Vaccination Hyderabad 1890-1903 - 1890-1903
Year: 1890
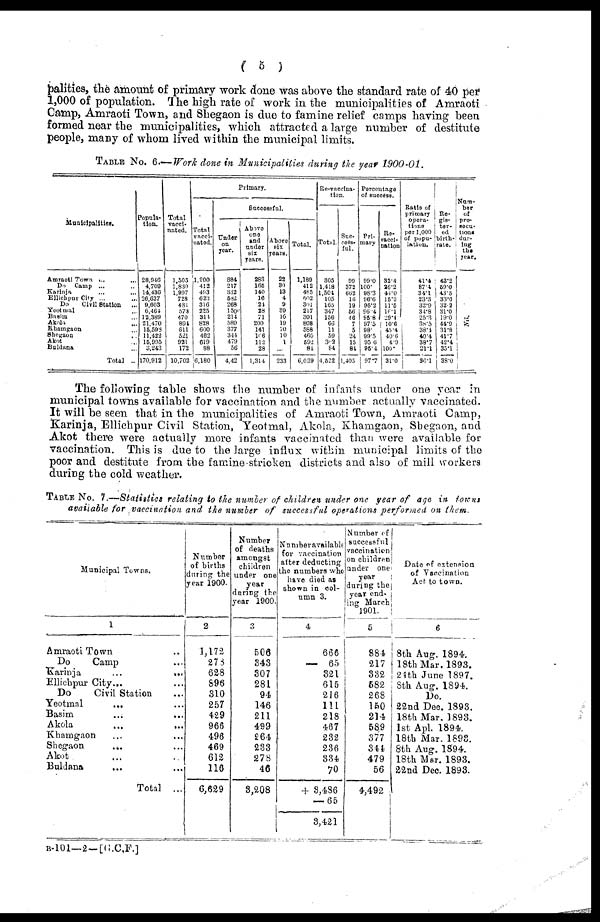
( 5 )
palities, the amount of primary work done was above the standard rate of 40 per
1,000 of population. The high rate of work in the municipalities of Amraoti
Camp, Amraoti Town, and Shegaon is due to famine relief camps having been
formed near the municipalities, which attracted a large number of destitute
people, many of whom lived within the municipal limits.
TABLE NO. 6.—Work done in Municipalities during the year 1900-01.
Municipalities.
Amraoti Town ... ...
Do
Camp ... ...
Karinja ... ...
Ellichpur City ... ...
Do
Civil Station
...
Yeotmal ...
Basim ...
Akola ...
Khamgaon ...
Shegaon
...
..
Akot ...
Buldana ...
Total ...
Popula¬
tion.
28,946
4,700
14,436
28,637
9,603
6,464
12,389
21,470
15,593
11,422
15,995
3,243
170,912
Total
vacci-
nated.
1,505
1,830
1,997
728
481
573
470
894
611
521
921
172
10,702
Primary.
Total
vacci-
nated.
1,200
412
493
623
316
225
314
828
600
462
619
88
6,180
Successful.
Under
on
year.
884
217
332
582
268
150
214
589
377
344
479
56
4,42
one
and
six
years.
283
166
140
16
24
28
71
200
141
106
112
28
1,314
Above
six
years.
22
80
13
4
9
89
16
19
70
10
1
...
233
Total.
1,189
412
485
502
301
217
301
808
588
460
692
84
6,039
Re-vaccina-
tion.
Total.
305
1,418
1,504
105
165
347
156
66
11
59
302
84
4,522
Suc-
cess-
ful.
99
372
662
16
19
66
46
7
5
24
15
84
1,405
Percentage
of success.
Pri¬
mary
99.0
100.
98.3
96.6
96.2
96.4
95.8
97.5
98.
99.5
95.6
95.4
97.7
Re-
vacci¬
nation
32.4
26.2
44.0
15.2
11.6
16.1
29.1
10.6
45.4
40.6
4.9
100.
31.0
Ratio of
primary
opera¬
tions
per 1,000
of popu¬
lation.
41.4
87.4
34.1
23.3
32.9
34.8
25.3
38.5
38.4
40.4
38.7
21.1
36.1
Re¬
gis¬
ter¬
ed
birth-
rate.
42.2
59.0
43.5
33.6
32.2
31.0
19.0
44.9
31.8
41.7
42.4
35.1
38.0
Num-
ber
of
pro¬
secu¬
tions
dur-
ing
the
year.
Nil
The following table shows the number of infants under one year in
municipal towns available for vaccination and the number actually vaccinated.
It will be seen that in the municipalities of Amraoti Town, Amraoti Camp,
Karinja, Ellichpur Civil Station, Yeotmal, Akola, Khamgaon, Shegaon, and
Akot there were actually more infants vaccinated than were available for
vaccination. This is due to the large influx within municipal limits of the
poor and destitute from the famine stricken districts and also of mill workers
during the cold weather.
TABLE NO. 7.—Statistics relating to the number of children under one year of age in towns
available for vaccination and the number of successful operations performed on them.
Municipal Towns.
1
Amraoti Town ...
Do
Camp ...
Karinja
... ...
Ellichpur City... ...
Do
Civil Station ...
Yeotmal
... ...
Basim
... ...
Akola
...
...
Khamgaon ...
Shegaon
... ...
Akot ... ...
Buldana
... ...
Total ...
Number
of births
during the
year 1900.
2
1,172
273
628
896
310
257
429
966
496
469
612
116
6,629
Number
of deaths
amongst
children
under one
year
daring the
year 1900.
3
506
343
307
281
94
146
211
499
264
233
278
46
3,208
Number available
for vaccination
after deducting
the numbers who
have died as
shown in col-
umn 3.
4
666
—
65
321
615
216
111
218
467
232
236
334
70
+ 3,486
— 65
3,421
Number of
successful
vaccination
on children
under one
during the
year end¬
ing March
1901.
5
884
217
332
582
268
150
214
589
377
344
479
56
4,492
Date of extension
of Vaccination
Act to town.
6
8th Aug. 1894.
18th Mar. 1893.
24th June 1897.
8th Aug. 1894.
Do.
22nd Dec. 1893.
18th Mar. 1893.
1st Apl. 1894.
18th Mar. 1893.
8th Aug. 1894.
18th Mar. 1893.
22nd Dec. 1893.
B-101—2—[G.C.F.]